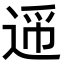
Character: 𬨪